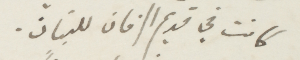
كانت في قديم الزمان للبنان.